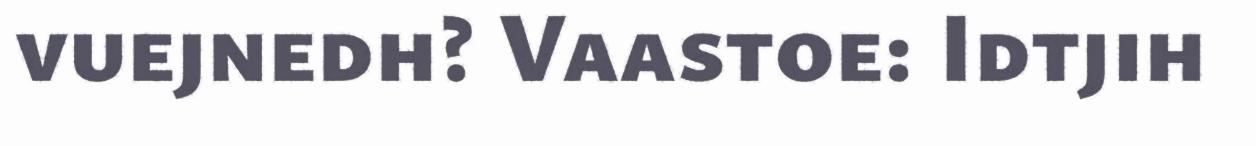
vuejnedh? Vaastoe: Idtjih